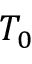
T _ { 0 }